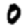
Digit: 0